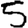
Digit: 5